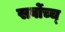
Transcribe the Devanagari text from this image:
सर्वोच्च्